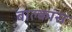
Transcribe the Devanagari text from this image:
बाल्कांस